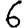
Digit: 6